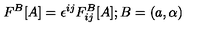
F ^ { B } [ A ] = \epsilon ^ { i j } F _ { i j } ^ { B } [ A ] ; B = \left( a , \alpha \right)